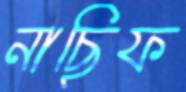
নাছিফ